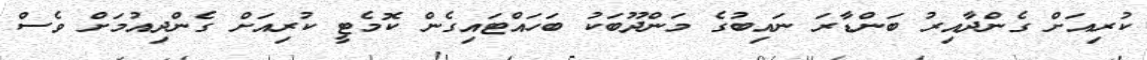
ކުރިއަށް ގެންދާއިރު ބަންޑާރަ ނައިބުގެ މަންދޫބަކު ބަހައްޓައިގެން ކޮމެޓީ ކުރިއަށް ގެންދިއުމަށް ވެސް